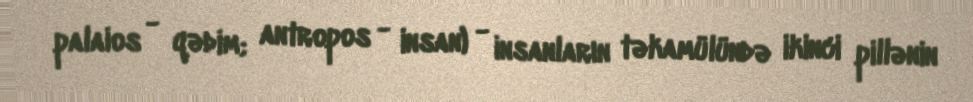
palaios - qədim; antropos - insan) - insanların təkamülündə ikinci pillənin